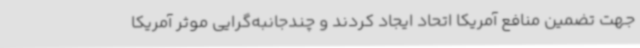
جهت تضمین منافع آمریکا اتحاد ایجاد کردند و چندجانبه‌گرایی موثر آمریکا